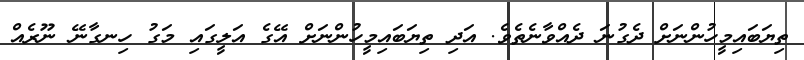
ތިޔަބައިމީހުންނަށް ދެގުނަ ދެއްވާނެތެވެ. އަދި ތިޔަބައިމީހުންނަށް އޭގެ އަލީގައި މަގު ހިނގާނޭ ނޫރެއް